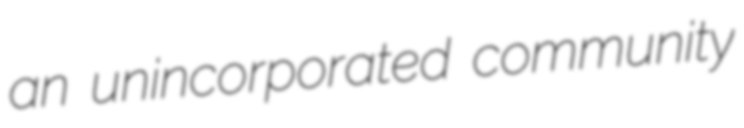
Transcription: an unincorporated community